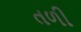
તળી